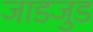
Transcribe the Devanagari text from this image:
जाडजुड